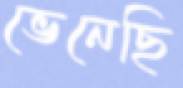
ভেনেছি